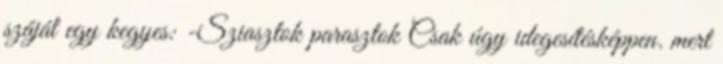
száját egy kegyes: -Sziasztok parasztok Csak úgy idegesítésképpen. mert